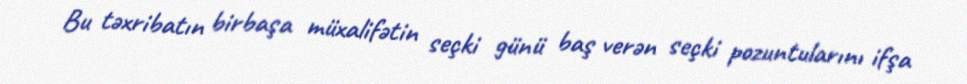
Bu təxribatın birbaşa müxalifətin seçki günü baş verən seçki pozuntularını ifşa